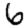
Digit: 6